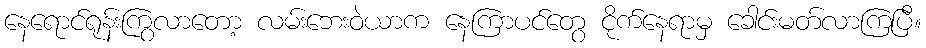
နေရောင်ရုန်းကြွလာတော့ လမ်းဘေးဝဲယာက နေကြာပင်တွေ ငိုက်နေရာမှ ခေါင်းမတ်လာကြပြီ။